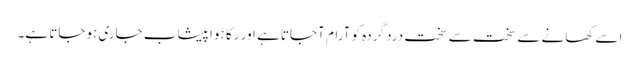
اسے کھانے سے سخت سے سخت درد گردہ کو آرام آجاتا ہے اور رکا ہوا پیشاب جاری ہوجاتا ہے۔